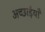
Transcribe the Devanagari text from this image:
अच्छाईयाँ